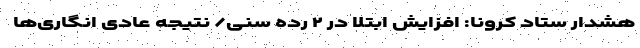
هشدار ستاد کرونا: افزایش ابتلا در ۲ رده سنی/ نتیجه عادی انگاری‌ها